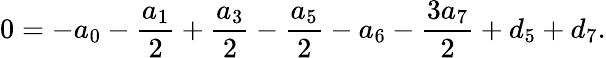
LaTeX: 0=-{a_{0}}-{\frac{a_{1}}{2}}+{\frac{a_{3}}{2}}-{\frac{a_{5}}{2}}-{a_{6}}-{\frac{3a_{7}}{2}}+{d_{5}}+{d_{7}}.